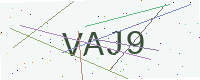
Text: VAJ9